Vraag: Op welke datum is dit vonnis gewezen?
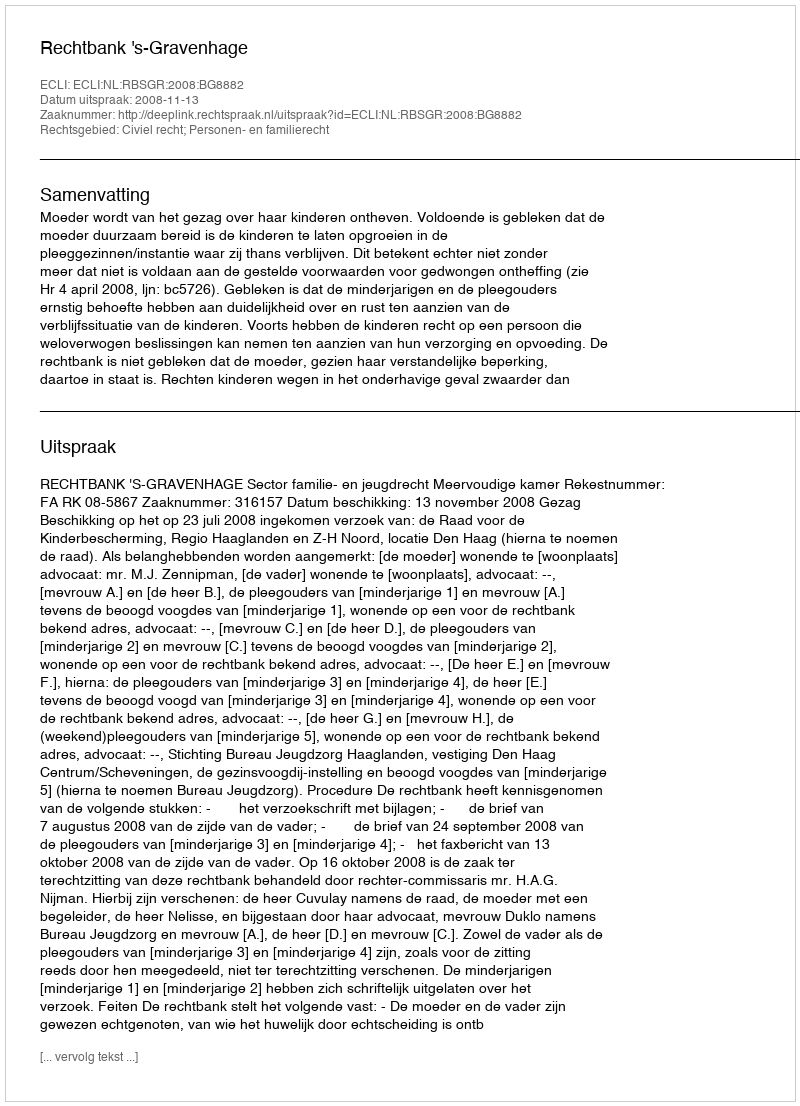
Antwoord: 2008-11-13